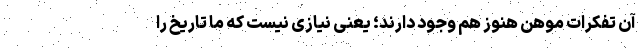
آن تفکرات موهن هنوز هم وجود دارند؛ یعنی نیازی نیست که ما تاریخ را